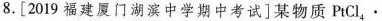
8.[2019福建厦门湖滨中学期中考试]某物质PtCl_{4}·